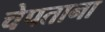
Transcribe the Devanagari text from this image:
चेपताना